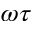
\omega \tau